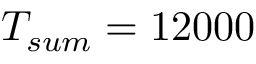
T _ { s u m } = 1 2 0 0 0